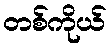
တစ်ကိုယ်